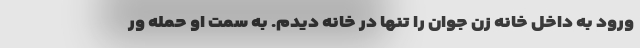
ورود به داخل خانه زن جوان را تنها در خانه دیدم. به سمت او حمله ور